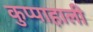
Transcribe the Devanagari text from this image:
कुप्पाहाली